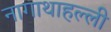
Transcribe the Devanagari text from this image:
नागाथाहल्ली